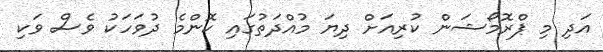
އަދި މި ޕްރޮމޯޝަން ކުރިއަށް ދިޔަ މުއްދަތުގައި ކޮންމެ ދުވަހަކު ވެސް ވަކި